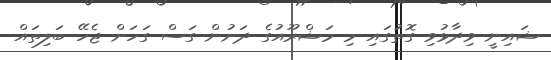
ޝައިނީ ވިދާޅުވި ގޮތުގައި މި މަޝްރޫއުގެ ދަށުން ގަސް ގަހަށް ޖެހޭ ބަލިތައް